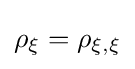
\rho _{\xi }=\rho _{\xi ,\xi }